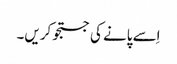
اِسے پانے کی جستجو کریں۔